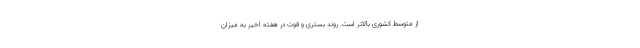
از متوسط کشوری بالاتر است. روند بستری و فوت در هفته اخیر به میزان